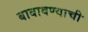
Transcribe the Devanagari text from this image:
बाबावण्याची